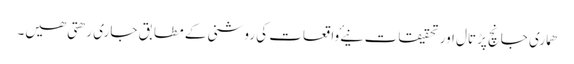
ھماری جانچ پڑتال اور تحقیقات نیۓ واقعات کی روشنی کے مطابق جاری رھتی ھیں۔